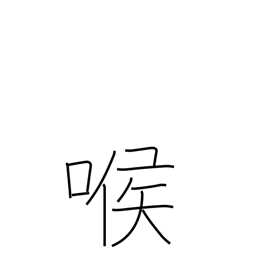
Meaning: voice